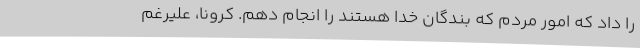
را داد که امور مردم که بندگان خدا هستند را انجام دهم. کرونا، علیرغم